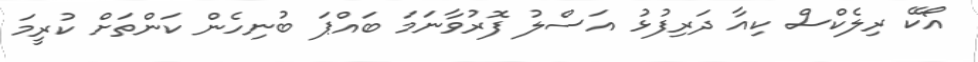
އޯކޭ ރިލެކްސް ކިއާ ދަރިފުޅު އަސްލު ފޮރުވާނަމަ ބައްޕަ ބުނިހެން ކަންތަށް ކުރީމަ